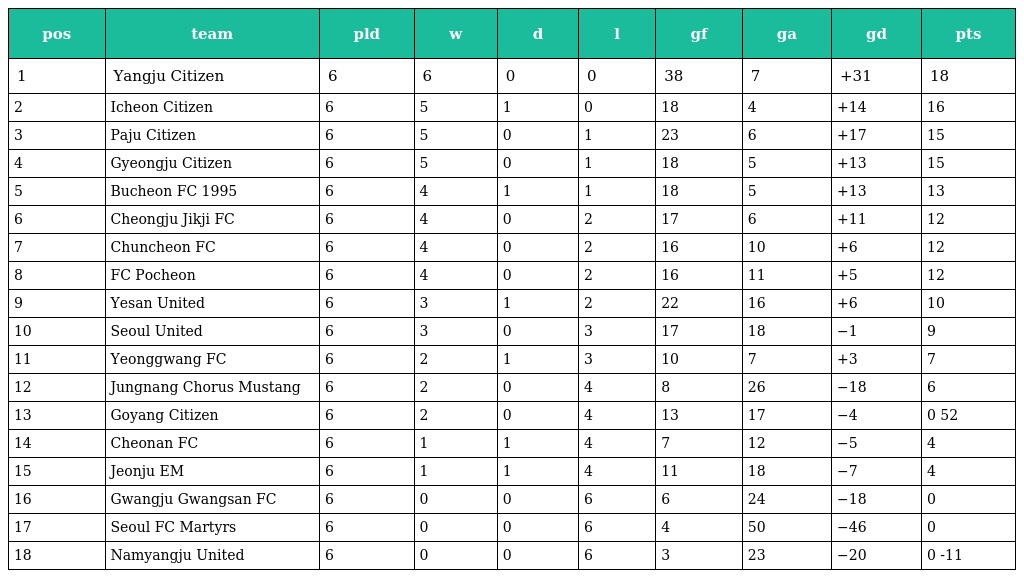
| pos | team | pld | w | d | l | gf | ga | gd | pts |
 | --- | --- | --- | --- | --- | --- | --- | --- | --- | --- |
 | 1 | Yangju Citizen | 6 | 6 | 0 | 0 | 38 | 7 | +31 | 18 |
 | 2 | Icheon Citizen | 6 | 5 | 1 | 0 | 18 | 4 | +14 | 16 |
 | 3 | Paju Citizen | 6 | 5 | 0 | 1 | 23 | 6 | +17 | 15 |
 | 4 | Gyeongju Citizen | 6 | 5 | 0 | 1 | 18 | 5 | +13 | 15 |
 | 5 | Bucheon FC 1995 | 6 | 4 | 1 | 1 | 18 | 5 | +13 | 13 |
 | 6 | Cheongju Jikji FC | 6 | 4 | 0 | 2 | 17 | 6 | +11 | 12 |
 | 7 | Chuncheon FC | 6 | 4 | 0 | 2 | 16 | 10 | +6 | 12 |
 | 8 | FC Pocheon | 6 | 4 | 0 | 2 | 16 | 11 | +5 | 12 |
 | 9 | Yesan United | 6 | 3 | 1 | 2 | 22 | 16 | +6 | 10 |
 | 10 | Seoul United | 6 | 3 | 0 | 3 | 17 | 18 | −1 | 9 |
 | 11 | Yeonggwang FC | 6 | 2 | 1 | 3 | 10 | 7 | +3 | 7 |
 | 12 | Jungnang Chorus Mustang | 6 | 2 | 0 | 4 | 8 | 26 | −18 | 6 |
 | 13 | Goyang Citizen | 6 | 2 | 0 | 4 | 13 | 17 | −4 | 0 52 |
 | 14 | Cheonan FC | 6 | 1 | 1 | 4 | 7 | 12 | −5 | 4 |
 | 15 | Jeonju EM | 6 | 1 | 1 | 4 | 11 | 18 | −7 | 4 |
 | 16 | Gwangju Gwangsan FC | 6 | 0 | 0 | 6 | 6 | 24 | −18 | 0 |
 | 17 | Seoul FC Martyrs | 6 | 0 | 0 | 6 | 4 | 50 | −46 | 0 |
 | 18 | Namyangju United | 6 | 0 | 0 | 6 | 3 | 23 | −20 | 0 -11 |